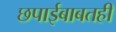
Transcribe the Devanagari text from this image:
छपाईबाबतही